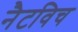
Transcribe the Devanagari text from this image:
नैटविच